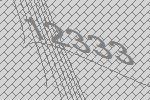
12333